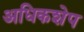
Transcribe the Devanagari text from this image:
अधिकशेप